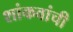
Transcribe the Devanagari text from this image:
शांकवांची